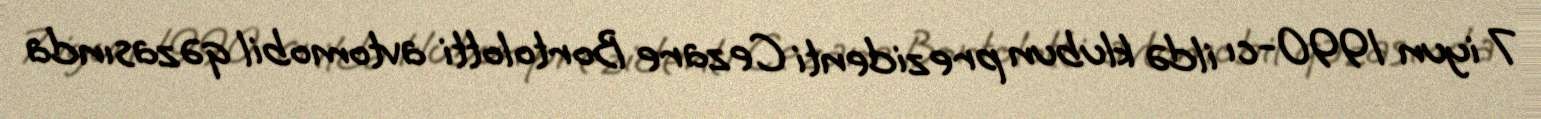
7 iyun 1990-cı ildə klubun prezidenti Cezare Bortolotti avtomobil qəzasında